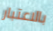
بالاعتبار